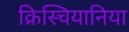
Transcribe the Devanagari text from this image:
क्रिस्चियानिया